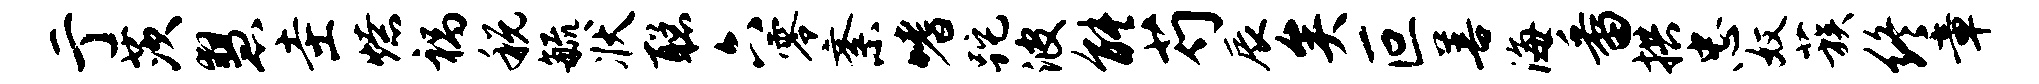
亍茨慧圭燎祸税毓状聪六零紊嗜跎波能芍辰矣叵善海番拱忠奴蔟终章